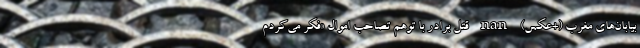
بیابان‌های مغرب (+عکس) nan قتل برادر با توهم تصاحب اموال «فکر می‌کردم